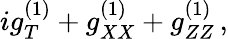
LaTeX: ig_{T}^{(1)}+g_{XX}^{(1)}+g_{ZZ}^{(1)}\, ,